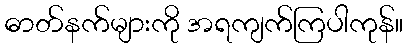
ဓာတ်နက်များကို အရကျက်ကြပါကုန်။